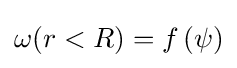
\omega (r<R)=f\left(\psi \right)